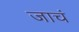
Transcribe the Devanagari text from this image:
जाचं